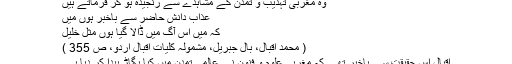
وہ مغربی تہذیب و تمدن کے مشاہدے سے رنجیدہ ہو کر فرماتے ہیں
عذابِ دانشِ حاضر سے باخبر ہوں میں
کہ میں اس آگ میں ڈالا گیا ہوں مثل خلیلؑ
( محمد اقبال، بال جبریل، مشمولہ کلیات اقبال اردو، ص 355 )
اقبال اس حقیقت سے باخبر تھے کہ مغربی علوم و فنون نے عالمی تمدن میں کیا بگاڑ پیدا کر دیا ہے۔